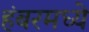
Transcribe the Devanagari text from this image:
हंबरमध्ये